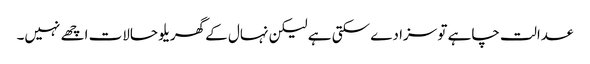
عدالت چاہے تو سزا دے سکتی ہے لیکن نہال کے گھریلو حالات اچھے نہیں۔